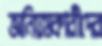
অনিয়মকারীদের